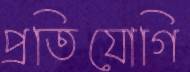
প্রতিযোগি